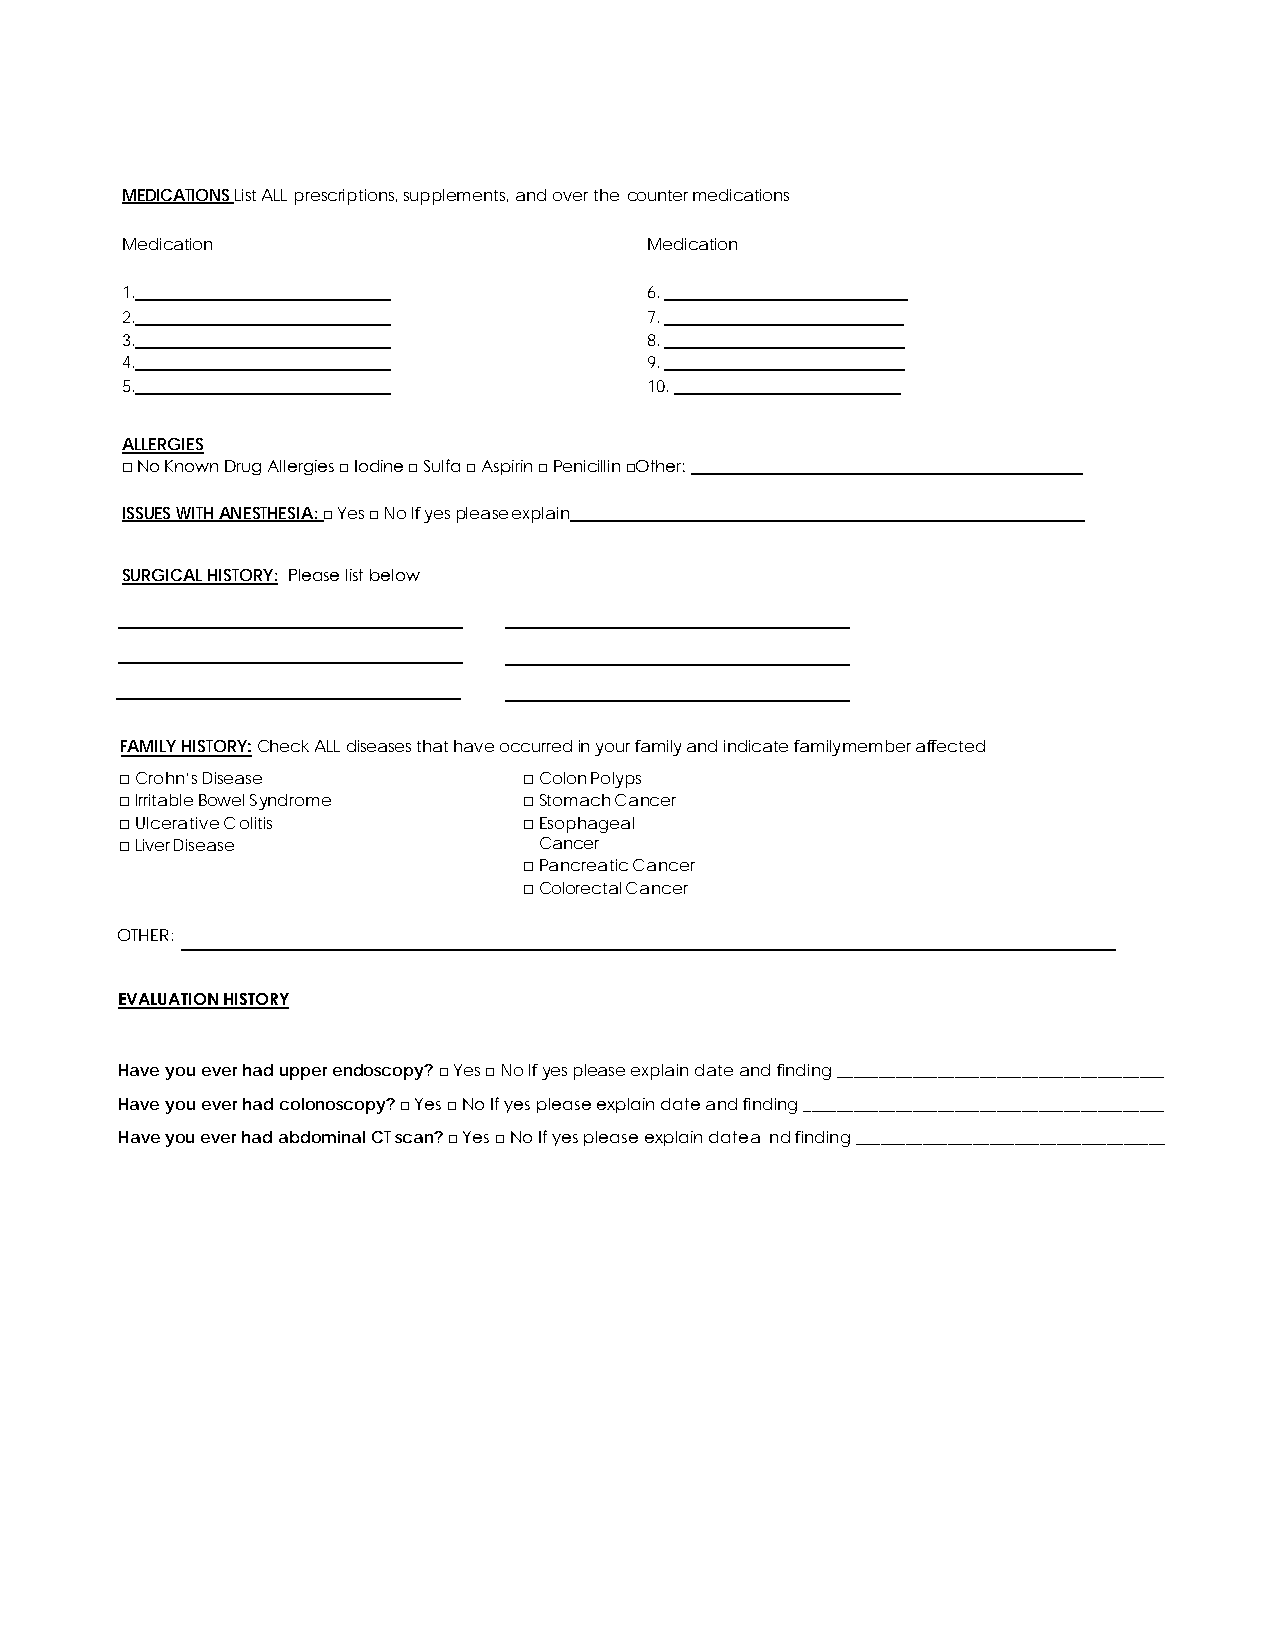
MEDICATIONS List ALL prescriptions, supplements, and over the counter medications
 Medication                         Medication
 1.                                 6.
 2.                                 7.
 3.                                 8.
 4.                                 9.
 5.                                 10.
 ALLERGIES
 □ No Known Drug Allergies □ Iodine □ Sulfa □ Aspirin □ Penicillin □Other:
 ISSUES WITH ANESTHESIA: □ Yes □ No If yes please explain
 SURGICAL HISTORY: Please list below
 FAMILY HISTORY: Check ALL diseases that have occurred in your family and indicate family member affected
 □Crohn’s Disease           □Colon Polyps
 □Irritable Bowel Syndrome  □Stomach Cancer
 □Ulcerative Colitis        □Esophageal
 □Liver Disease              Cancer
 □Pancreatic Cancer
 □Colorectal Cancer
 OTHER:
 EVALUATION HISTORY
 Have you ever had upper endoscopy? □ Yes □ No If yes please explain date and finding _______________________________________
 Have you ever had colonoscopy? □ Yes □ No If yes please explain date and finding ___________________________________________
 Have you ever had abdominal CT scan? □ Yes □ No If yes please explain date a nd finding _____________________________________